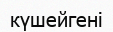
күшейгені